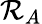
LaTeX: \mathcal{R}_{A}